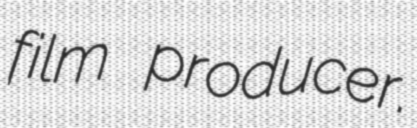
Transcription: film producer.